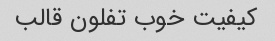
کیفیت خوب تفلون قالب